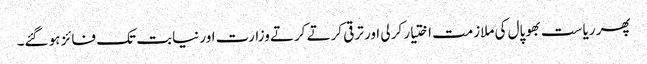
پھر ریاست بھوپال کی ملازمت اختیار کر لی اور ترقی کرتے کرتے وزارت اور نیابت تک فائز ہو گئے۔